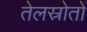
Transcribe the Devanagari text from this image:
तेलस्रोतों